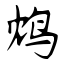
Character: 鸩